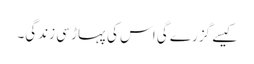
کیسے گزرے گی اس کی پہاڑ سی زندگی۔